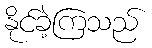
နိုင်ခဲ့ကြသည်